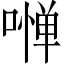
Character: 𠼺